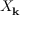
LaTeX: X _ { \mathbf { k } }